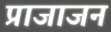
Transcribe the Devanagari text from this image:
प्राजाजन